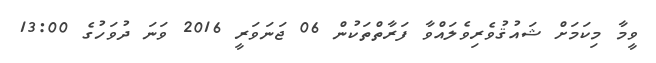
ވީމާ މިކަމަށް ޝައުޤުވެރިވެލައްވާ ފަރާތްތަކުން 06 ޖަނަވަރީ 2016 ވަނަ ދުވަހުގެ 13:00